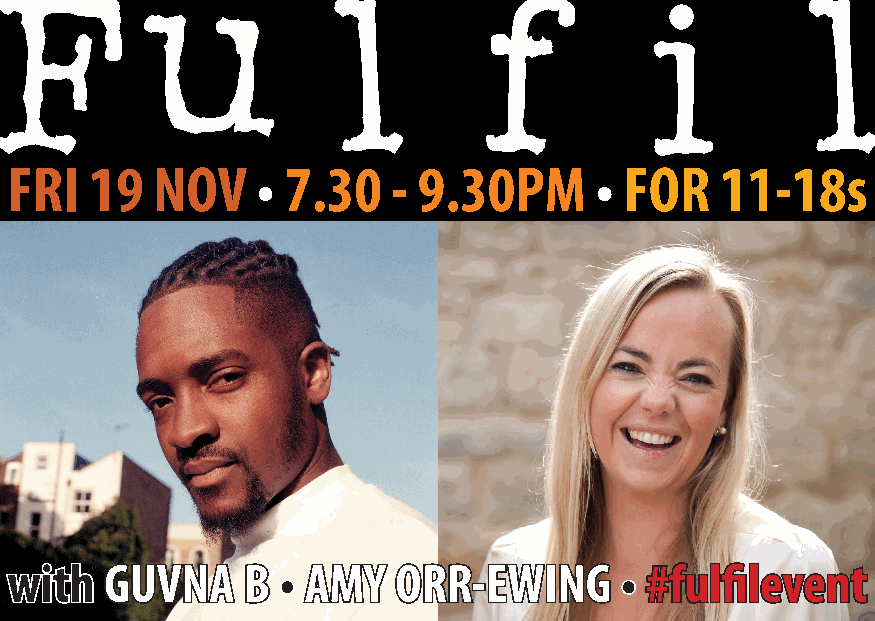
FRI   19  NOV    • 7.30   - 9.30PM     • FOR    11-18s
 with   GUVNA    B • AMY   ORR-EWING      • #fulfilevent